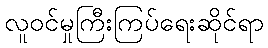
လူဝင်မှုကြီးကြပ်ရေးဆိုင်ရာ